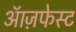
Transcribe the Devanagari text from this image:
ऑज़फेस्ट